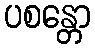
ပစန္တော